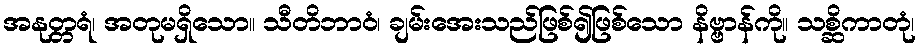
အနုတ္တရံ၊ အတုမရှိသော။ သီတိဘာဝံ၊ ချမ်းအေးသည်ဖြစ်၍ဖြစ်သော နိဗ္ဗာန်ကို။ သစ္ဆိကာတုံ၊